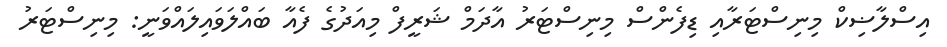
އިސްލާޟިކް މިނިސްޓަރާއި ޑިފެންސް މިނިސްޓަރު އާދަމް ޝަރީފް މިއަދުގެ ފެއާ ބައްލަވައިލައްވަނީ: މިނިސްޓަރު